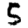
Digit: 5